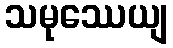
သမုဿေယျ